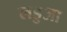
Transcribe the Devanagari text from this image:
लडुआ